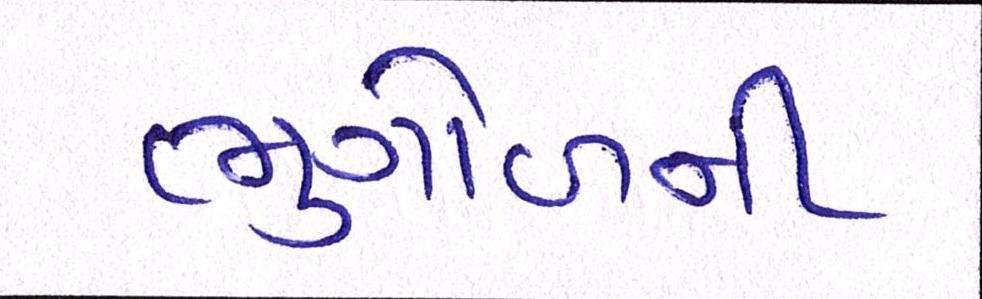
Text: ભુગોળની